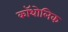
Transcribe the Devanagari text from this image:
कॉथोलिक